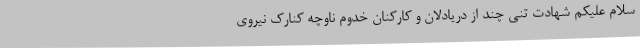
سلام علیکم شهادت تنی چند از دریادلان و کارکنان خدوم ناوچه کنارک نیروی